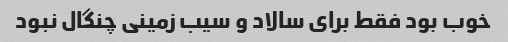
خوب بود فقط برای سالاد و سیب زمینی چنگال نبود